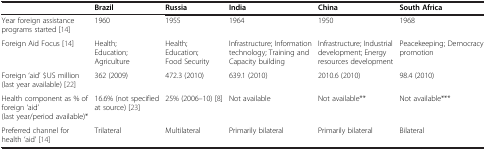
|  | Brazil | Russia | India | China | South Africa |
 | --- | --- | --- | --- | --- | --- |
 | Year foreign assistance programs started[14] | 1960 | 1955 | 1964 | 1950 | 1968 |
 | Foreign Aid Focus[14] | Health; Education; Agriculture | Health; Education; Food Security | Infrastructure; Information technology; Training and Capacity building | Infrastructure; Industrial development; Energy resources development | Peacekeeping; Democracy promotion |
 | Foreign ‘aid’ $US million (last year available)[22] | 362 (2009) | 472.3 (2010) | 639.1 (2010) | 2010.6 (2010) | 98.4 (2010) |
 | Health component as % of foreign ‘aid’ (last year/period available)* | 16.6% (not specified at source)[23] | 25% (2006–10)[8] | Not available | Not available** | Not available*** |
 | Preferred channel for health ‘aid’[14] | Trilateral | Multilateral | Primarily bilateral | Primarily bilateral | Bilateral |